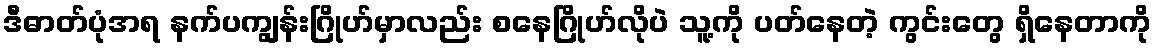
ဒီဓာတ်ပုံအရ နက်ပကျွန်းဂြိုဟ်မှာလည်း စနေဂြိုဟ်လိုပဲ သူ့ကို ပတ်နေတဲ့ ကွင်းတွေ ရှိနေတာကို